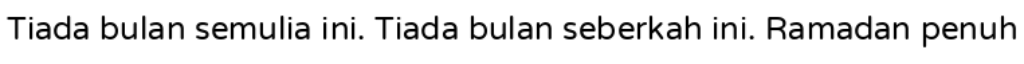
Tiada bulan semulia ini. Tiada bulan seberkah ini. Ramadan penuh